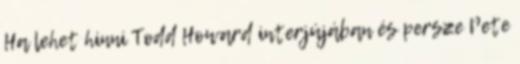
Ha lehet hinni Todd Howard interjújában és persze Pete